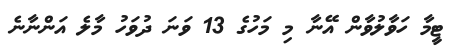
ޓީމާ ހަވާލުވާން އޭނާ މި މަހުގެ 13 ވަނަ ދުވަހު މާލެ އަންނާނެ